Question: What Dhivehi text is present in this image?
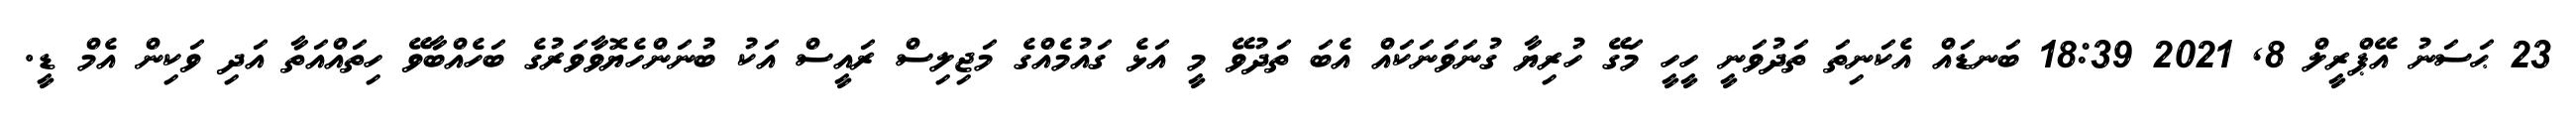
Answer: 23 ޙަސަނު އޭޕްރީލް 8, 2021 18:39 ބަނޑައް އެކަނިތަ ތަދުވަނީ ހީހީ މަގޭ ހުރިޔާ ގުނަވަނަކައް އެބަ ތަދުވޭ މީ އަޅެ ގައުމެއްގެ މަޖިލިސް ރައީސް އަކު ބުނަންހެޔޮވާވަރުގެ ބަހެއްބާވޭ ހިތައްއަތާ އަދި ވަކިން އެމް ޑީ.